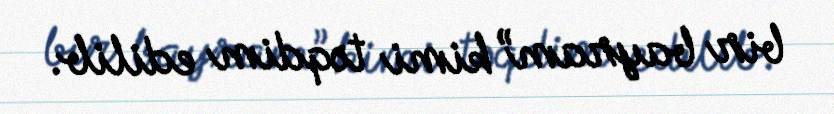
bir bayram” kimi təqdim edilib.